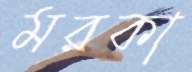
মরকা